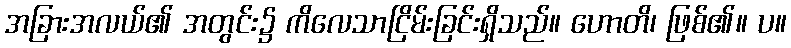
အခြားအလယ်၏ အတွင်း၌ ကိလေသာငြိမ်းခြင်းရှိသည်။ ဟောတိ၊ ဖြစ်၏။ ပ။